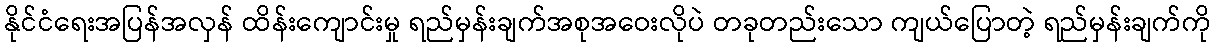
နိုင်ငံရေးအပြန်အလှန် ထိန်းကျောင်းမှု ရည်မှန်းချက်အစုအဝေးလိုပဲ တခုတည်းသော ကျယ်ပြောတဲ့ ရည်မှန်းချက်ကို